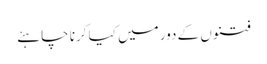
فتنوں کے دور میں کیا کرنا چاہئے